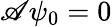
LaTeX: \mathscr{A}\psi_{0}=0